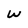
Character: W